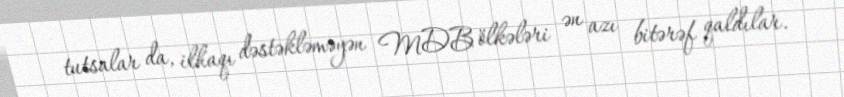
tutsalar da, ilhaqı dəstəkləməyən MDB ölkələri ən azı bitərəf qaldılar.